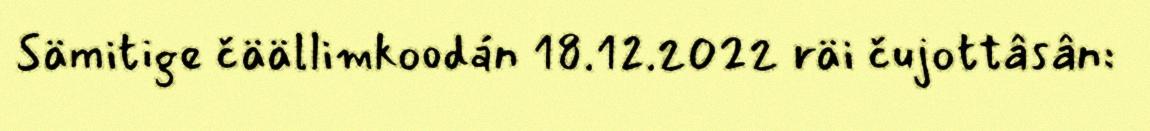
Sämitige čäällimkoodán 18.12.2022 räi čujottâsân: